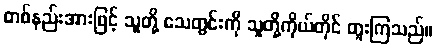
တစ်နည်းအားဖြင့် သူတို့ သေတွင်းကို သူတို့ကိုယ်တိုင် တူးကြသည်။